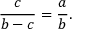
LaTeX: { \frac { c } { b - c } } = { \frac { a } { b } } .